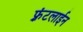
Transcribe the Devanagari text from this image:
फ़्रंटलाईन